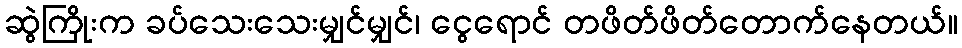
ဆွဲကြိုးက ခပ်သေးသေးမျှင်မျှင်၊ ငွေရောင် တဖိတ်ဖိတ်တောက်နေတယ်။